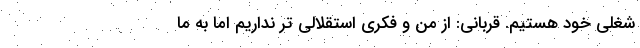
شغلی خود هستیم. قربانی: از من و فکری استقلالی تر نداریم اما به ما